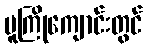
မူကြိုကျောင်းတွင်